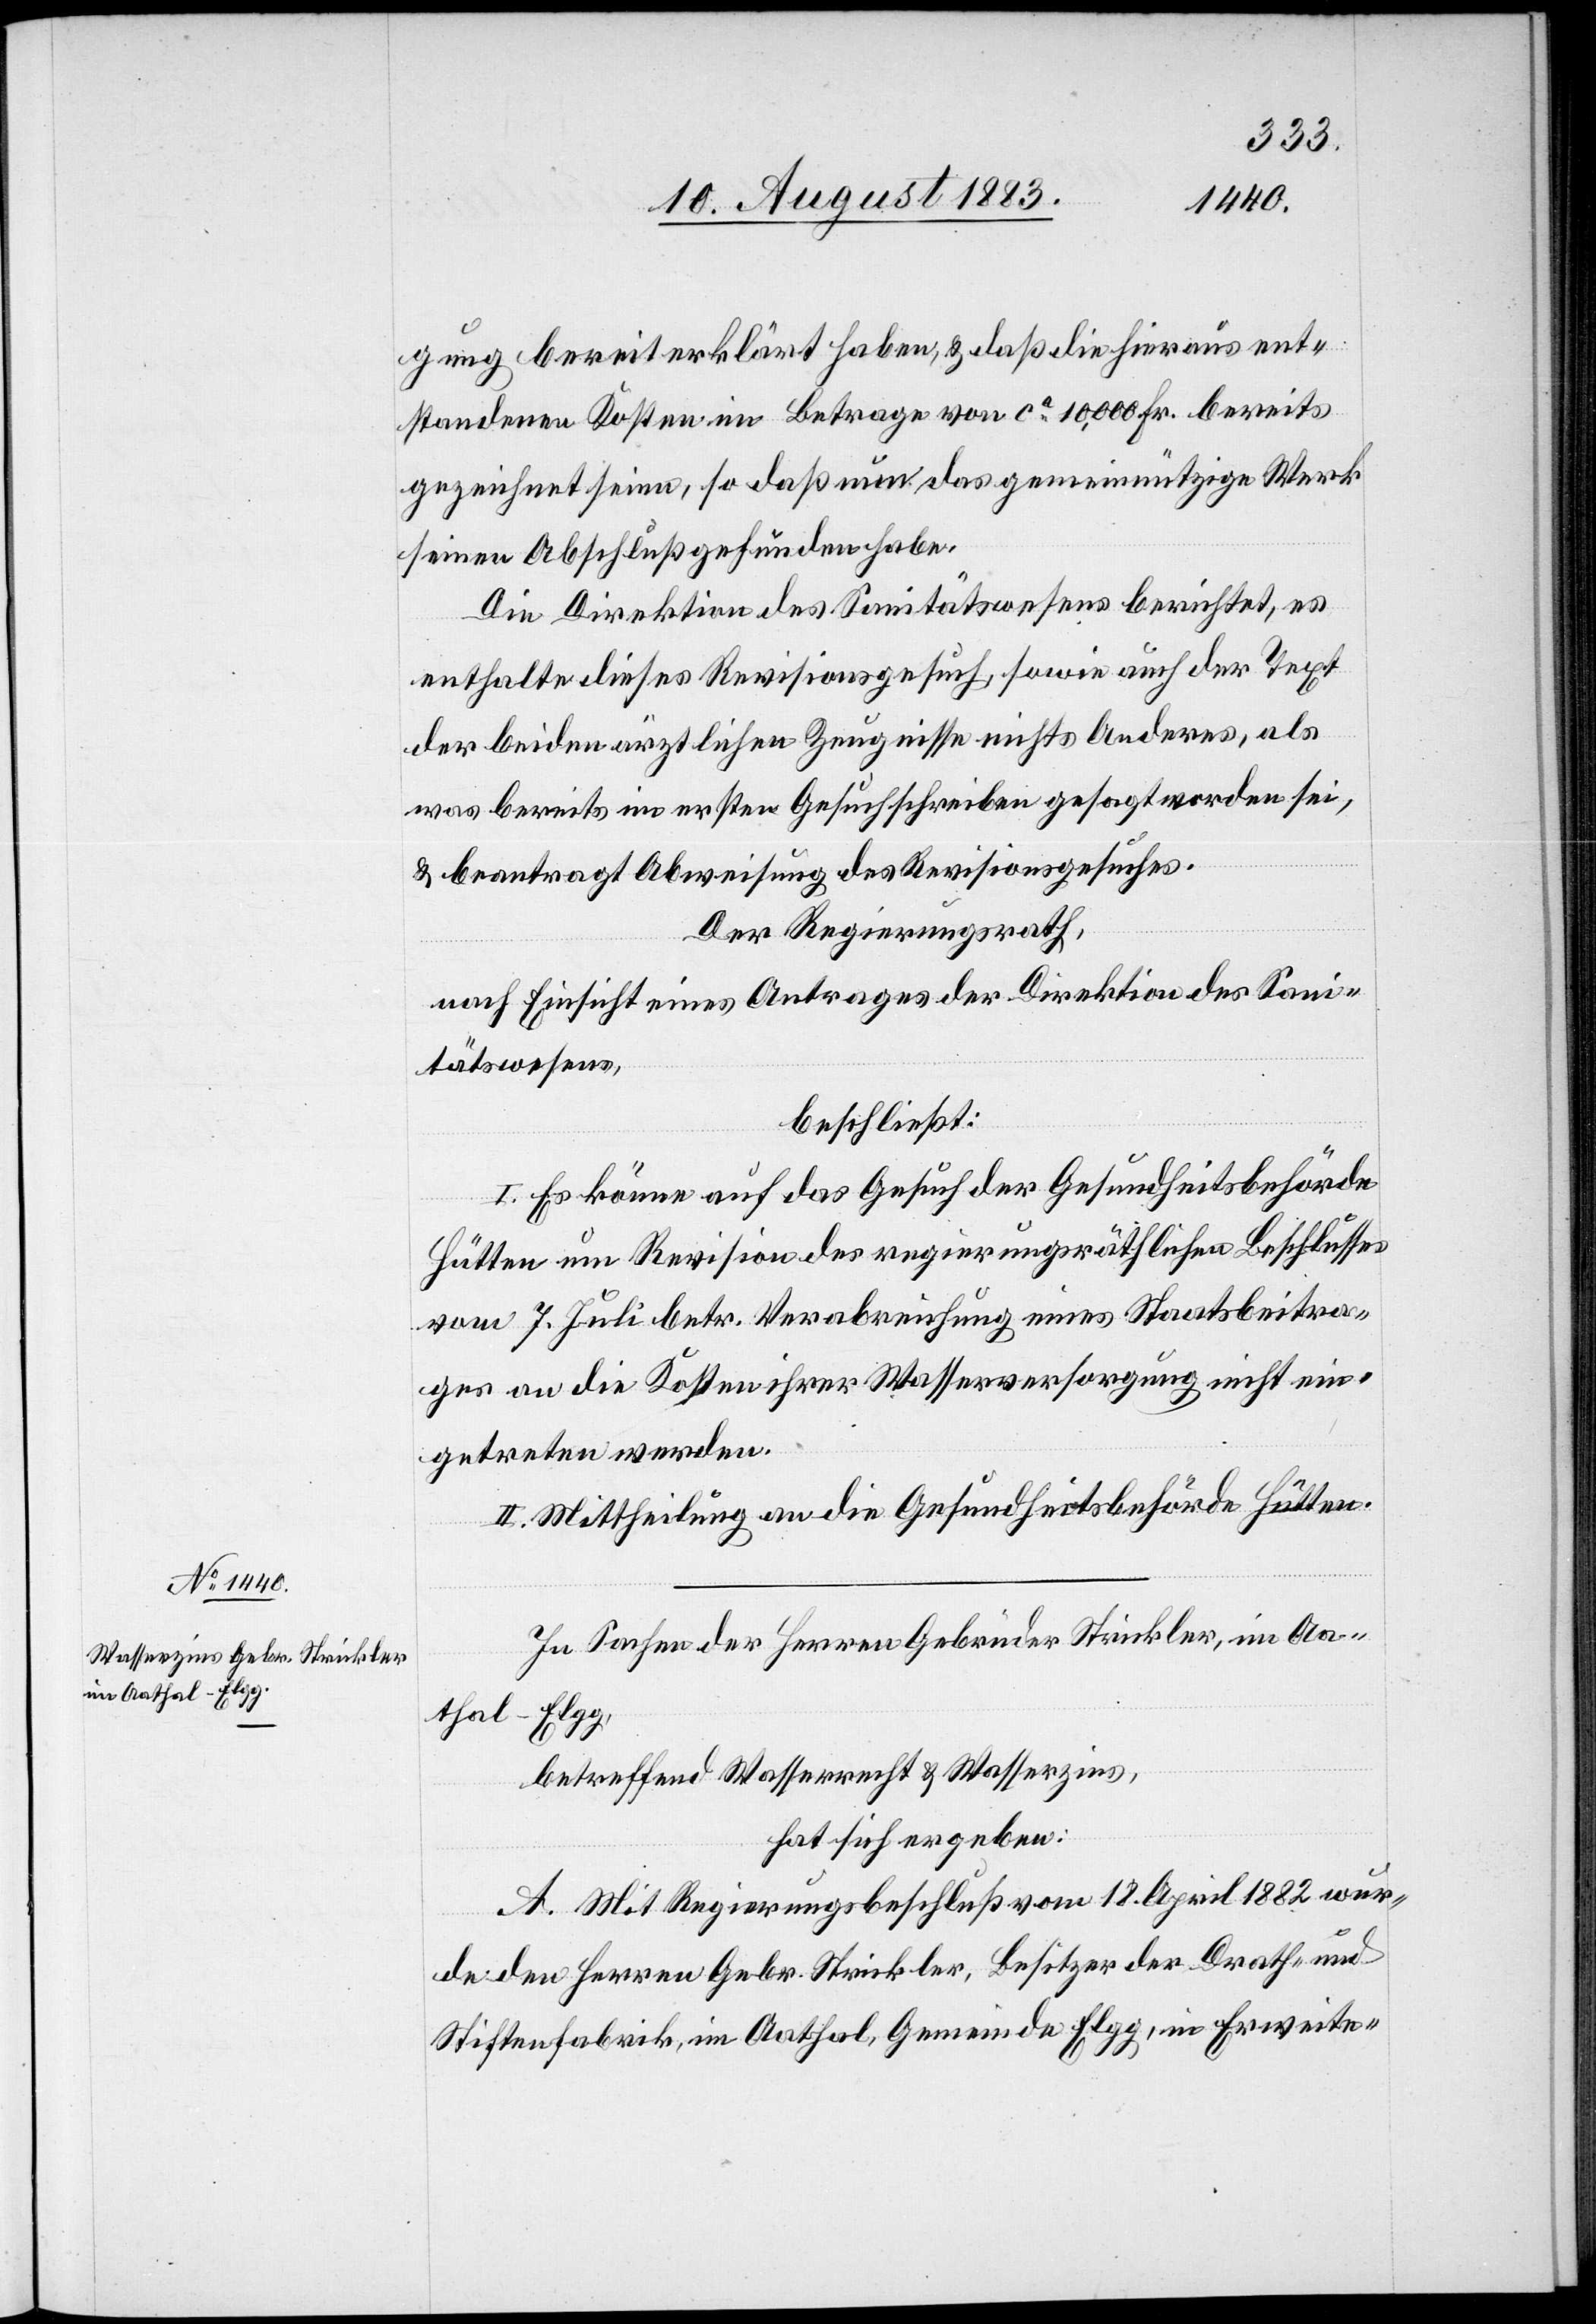
gung bereit erklärt haben, & daß die hieraus ent¬
standenen Kosten im Betrage von ca 10,000 Fr. bereits
gezeichnet seien, so daß nun das gemeinnützige Werk
seinen Abschluß gefunden habe.
Die Direktion des Sanitätswesens berichtet, es
enthalte dieses Revisionsgesuch, sowie auch der Text
der beiden ärztlichen Zeugnisse nichts Anderes, als
was bereits im ersten Gesuchschreiben gesagt worden sei,
& beantragt Abweisung des Revisionsgesuches.
Der Regierungsrath,
nach Einsicht eines Antrages der Direktion des Sani¬
tätswesens,
beschließt:
I. Es könne auf das Gesuch der Gesundheitsbehörde
Hütten um Revision des regierungsräthlichen Beschlusses
vom 7. Juli betr. Verabreichung eines Staatsbeitra¬
ges an die Kosten ihrer Wasserversorgung nicht ein¬
getreten werden.
II. Mittheilung an die Gesundheitsbehörde Hütten.
In Sachen der Herren Gebrüder Strickler, im Aa¬
Elgg,
thal
betreffend Wasserrecht & Wasserzins,
hat sich ergeben:
A. Mit Regierungsbeschluß vom 18. April 1882 wur¬
de den Herren Gebr. Strickler, Besitzer der Drath-
Stiftenfabrik, im Aathal, Gemeinde Elgg, in Erweite-